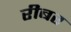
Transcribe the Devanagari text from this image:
रीबर